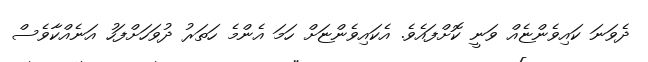
ދެވަނަ ކައިވެންޏެއް ވަނީ ކޮށްފައެވެ. އެކައިވެންޏަށް ހަމަ އެންމެ ހަތަރު ދުވަހަށްފަހު އަނެއްކާވެސް